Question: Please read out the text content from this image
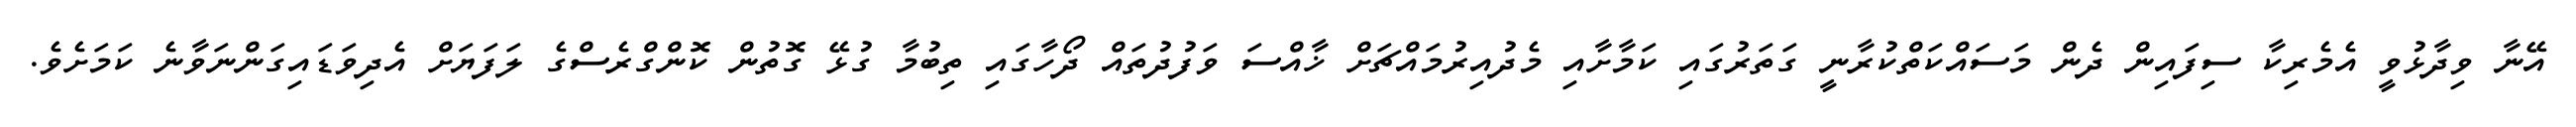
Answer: އޭނާ ވިދާޅުވީ އެމެރިކާ ސިފައިން ދެން މަސައްކަތްކުރާނީ ގަތަރުގައި ކަމާށާއި މެދުއިރުމައްޗަށް ޚާއްސަ ވަފުދުތައް ދޯހާގައި ތިބުމާ ގުޅޭ ގޮތުން ކޮންގްރެސްގެ ލަފަޔަށް އެދިވަޑައިގަންނަވާނެ ކަމަށެވެ.